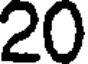
20